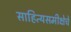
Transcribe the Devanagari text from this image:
साहित्यसमीक्षेचे